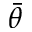
\bar { \theta }